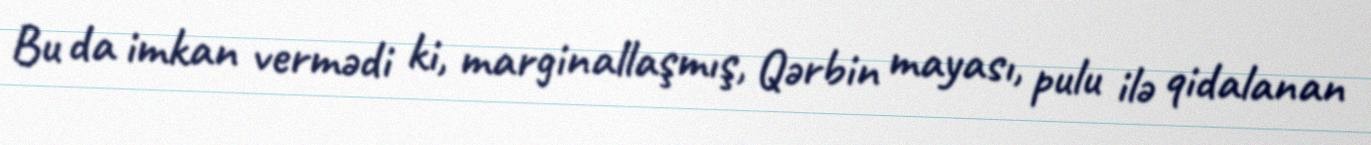
Bu da imkan vermədi ki, marginallaşmış, Qərbin mayası, pulu ilə qidalanan